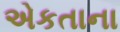
એકતાના